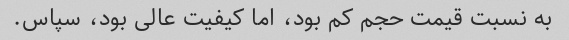
به نسبت قیمت حجم کم بود، اما کیفیت عالی بود، سپاس.